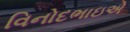
વિનોદભાઇએ